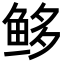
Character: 𩽿